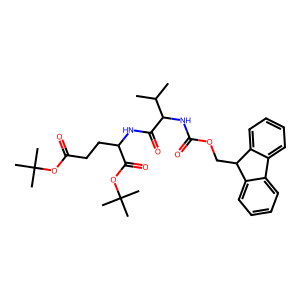
SMILES: CC(C)C(NC(=O)OCC1c2ccccc2-c2ccccc21)C(=O)NC(CCC(=O)OC(C)(C)C)C(=O)OC(C)(C)C
Inhibits HIV replication: No